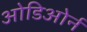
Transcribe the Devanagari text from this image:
ओडिओर्न